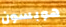
هوبسون